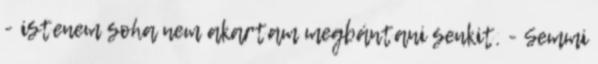
- istenem soha nem akartam megbántani senkit. - Semmi